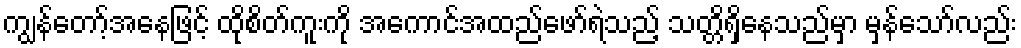
ကျွန်တော့်အနေဖြင့် ထိုစိတ်ကူးကို အကောင်အထည်ဖော်ရဲသည့် သတ္တိရှိနေသည်မှာ မှန်သော်လည်း